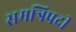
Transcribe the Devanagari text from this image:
समत्रिपदी